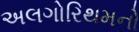
અલગોરિથમનો